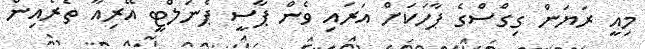
މިއީ ރަޔަން ގިގްސްގެ ޕާހަކަށް އަރައި ވެން ޕާސީ ޕެނަލްޓީ އޭރިއާ ތެރެއިން